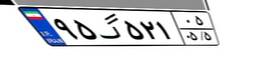
۵۱گ۹۲۶۴۲